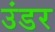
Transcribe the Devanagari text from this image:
उंडर